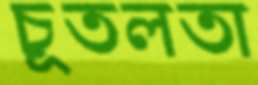
চূতলতা